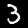
Digit: 3